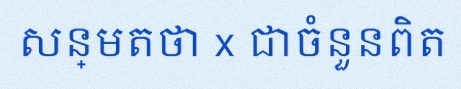
សន្មតថា x ជាចំនួនពិត